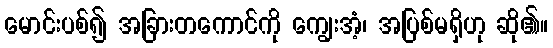
မောင်းပစ်၍ အခြားတကောင်ကို ကျွေးအံ့၊ အပြစ်မရှိဟု ဆို၏။